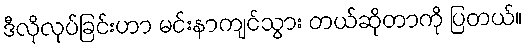
ဒီလိုလုပ်ခြင်းဟာ မင်းနာကျင်သွား တယ်ဆိုတာကို ပြတယ်။